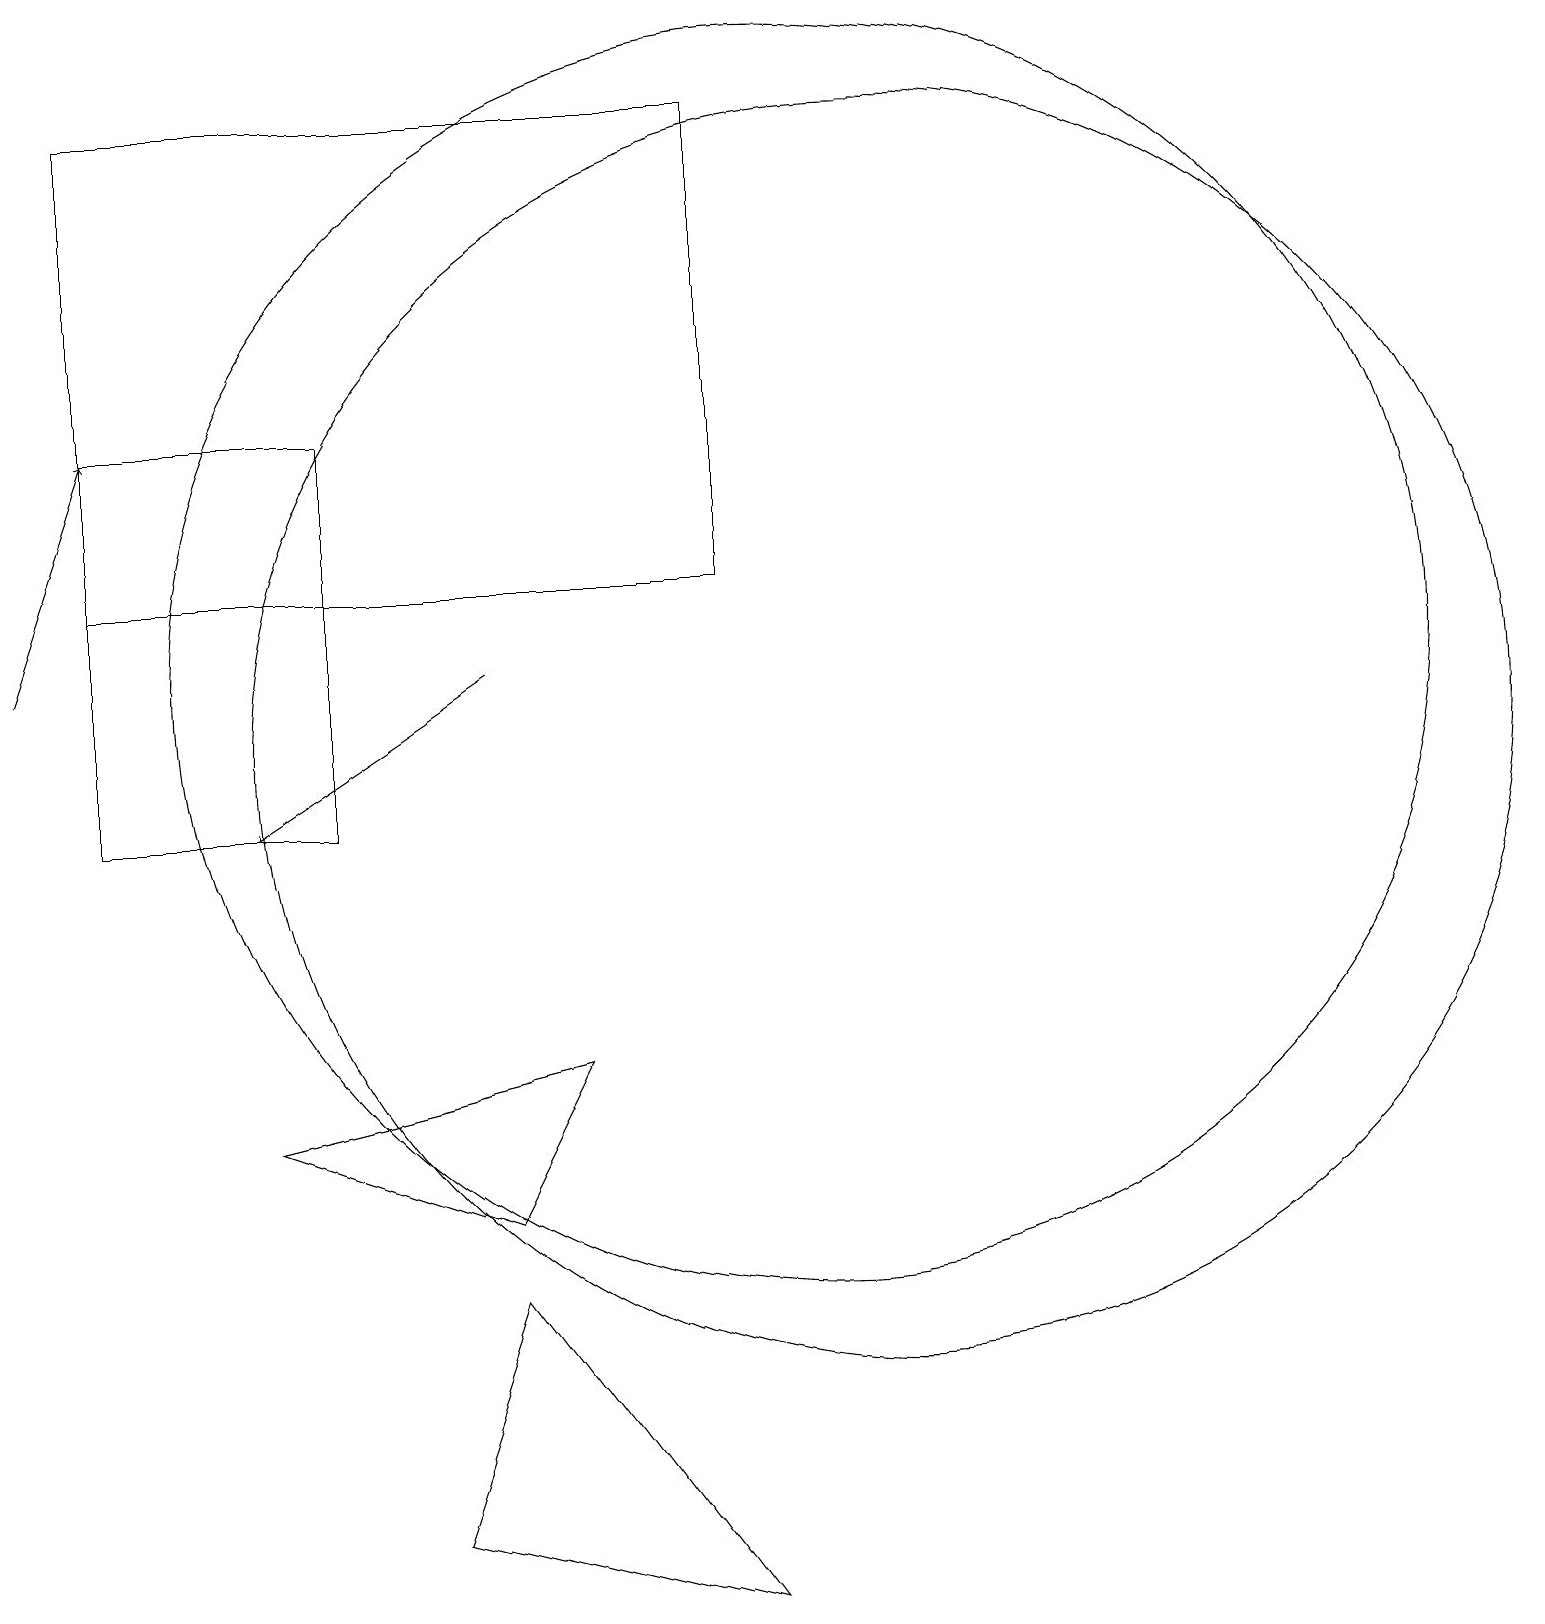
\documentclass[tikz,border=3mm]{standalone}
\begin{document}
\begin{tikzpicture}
\draw (9,13) rectangle (1,19);
\draw (5,1) -- (9,0) -- (6,4) -- cycle;
\draw (11,11) circle (8);
\draw (4,10) rectangle (1,15);
\draw[->] (6,12) -- (3,10);
\draw[->] (0,12) -- (1,15);
\draw (3,6) -- (7,7) -- (6,5) -- cycle;
\draw (10,12) circle (8);
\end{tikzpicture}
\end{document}